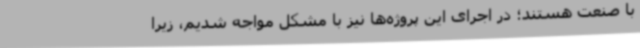
با صنعت هستند؛ در اجرای این پروژه‌ها نیز با مشکل مواجه شدیم، زیرا